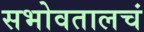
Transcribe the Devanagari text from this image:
सभोवतालचं